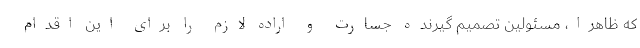
که ظاهرا، مسئولین تصمیم گیرنده جسارت و اراده لازم را برای این اقدام